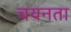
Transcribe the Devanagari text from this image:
चयनता